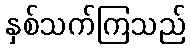
နှစ်သက်ကြသည်